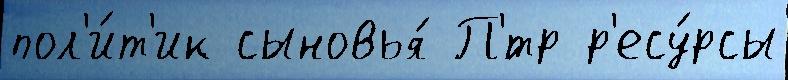
пол'и́т'ик сыновья́ П'́тр р'есу́рсы